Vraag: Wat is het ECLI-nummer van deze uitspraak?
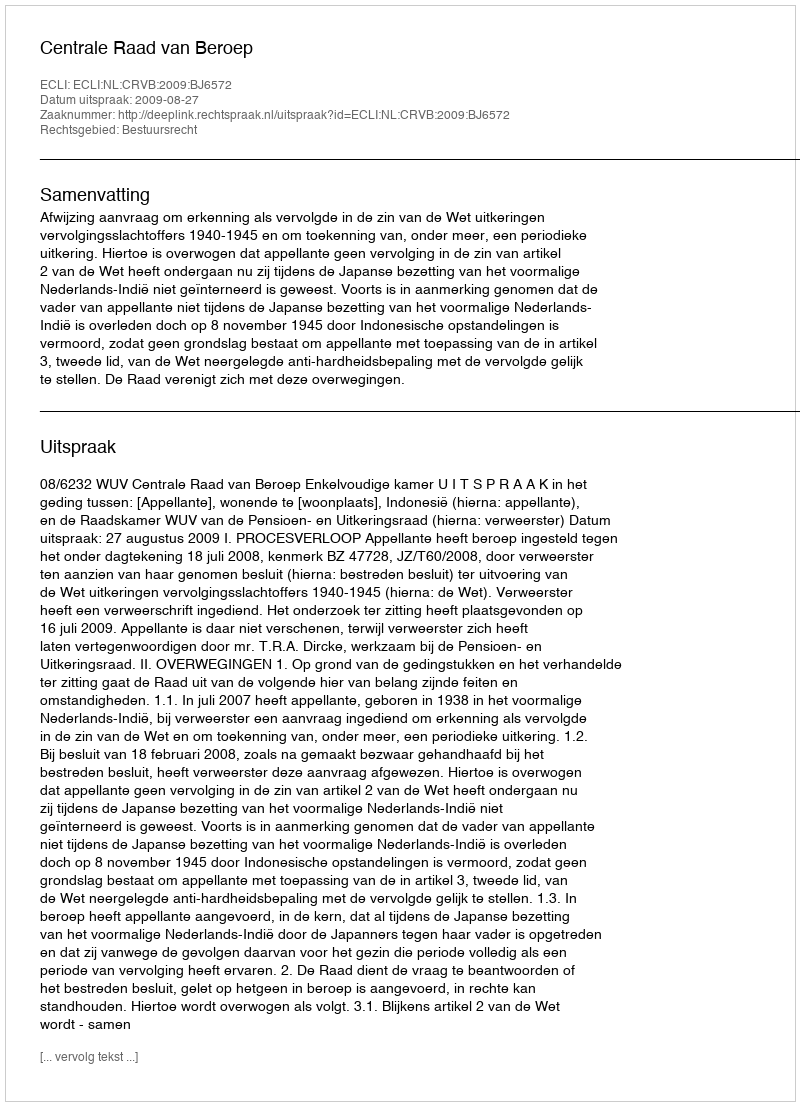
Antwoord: ECLI:NL:CRVB:2009:BJ6572